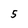
Character: 5